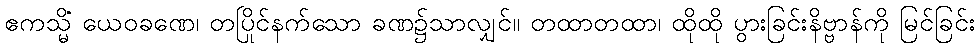
ဧကသ္မိံ ယေဝခဏေ၊ တပြိုင်နက်သော ခဏ၌သာလျှင်။ တထာတထာ၊ ထိုထို ပွားခြင်းနိဗ္ဗာန်ကို မြင်ခြင်း